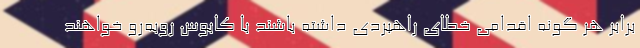
برابر هر گونه اقدامی خطای راهبردی داشته باشند با کابوس روبه‌رو خواهند